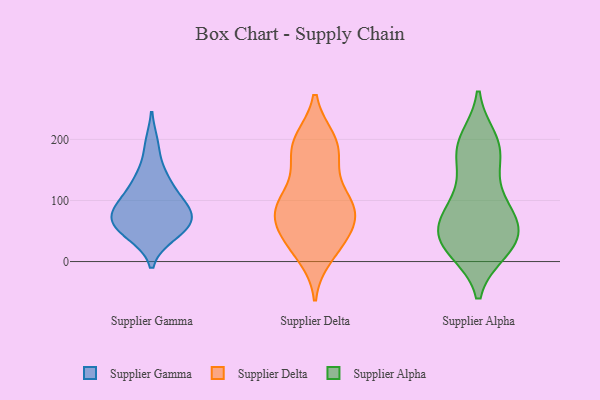
{"axis": {"x": "Website Visitors", "y": "Value"}, "legend": ["Supplier Alpha", "Supplier Delta", "Supplier Gamma"], "data": [{"x": "", "y": 44, "type": "Supplier Gamma"}, {"x": "", "y": 95, "type": "Supplier Gamma"}, {"x": "", "y": 191, "type": "Supplier Gamma"}, {"x": "", "y": 81, "type": "Supplier Gamma"}, {"x": "", "y": 47, "type": "Supplier Gamma"}, {"x": "", "y": 136, "type": "Supplier Gamma"}, {"x": "", "y": 135, "type": "Supplier Gamma"}, {"x": "", "y": 67, "type": "Supplier Gamma"}, {"x": "", "y": 65, "type": "Supplier Gamma"}, {"x": "", "y": 59, "type": "Supplier Gamma"}, {"x": "", "y": 102, "type": "Supplier Gamma"}, {"x": "", "y": 84, "type": "Supplier Gamma"}, {"x": "", "y": 26, "type": "Supplier Delta"}, {"x": "", "y": 99, "type": "Supplier Delta"}, {"x": "", "y": 105, "type": "Supplier Delta"}, {"x": "", "y": 160, "type": "Supplier Delta"}, {"x": "", "y": 199, "type": "Supplier Delta"}, {"x": "", "y": 43, "type": "Supplier Delta"}, {"x": "", "y": 194, "type": "Supplier Delta"}, {"x": "", "y": 51, "type": "Supplier Delta"}, {"x": "", "y": 73, "type": "Supplier Delta"}, {"x": "", "y": 97, "type": "Supplier Delta"}, {"x": "", "y": 87, "type": "Supplier Delta"}, {"x": "", "y": 10, "type": "Supplier Delta"}, {"x": "", "y": 79, "type": "Supplier Delta"}, {"x": "", "y": 158, "type": "Supplier Delta"}, {"x": "", "y": 191, "type": "Supplier Delta"}, {"x": "", "y": 66, "type": "Supplier Delta"}, {"x": "", "y": 24, "type": "Supplier Delta"}, {"x": "", "y": 92, "type": "Supplier Delta"}, {"x": "", "y": 196, "type": "Supplier Delta"}, {"x": "", "y": 100, "type": "Supplier Alpha"}, {"x": "", "y": 190, "type": "Supplier Alpha"}, {"x": "", "y": 51, "type": "Supplier Alpha"}, {"x": "", "y": 184, "type": "Supplier Alpha"}, {"x": "", "y": 49, "type": "Supplier Alpha"}, {"x": "", "y": 21, "type": "Supplier Alpha"}, {"x": "", "y": 30, "type": "Supplier Alpha"}, {"x": "", "y": 76, "type": "Supplier Alpha"}, {"x": "", "y": 72, "type": "Supplier Alpha"}, {"x": "", "y": 185, "type": "Supplier Alpha"}, {"x": "", "y": 69, "type": "Supplier Alpha"}, {"x": "", "y": 158, "type": "Supplier Alpha"}, {"x": "", "y": 23, "type": "Supplier Alpha"}, {"x": "", "y": 19, "type": "Supplier Alpha"}, {"x": "", "y": 199, "type": "Supplier Alpha"}, {"x": "", "y": 111, "type": "Supplier Alpha"}, {"x": "", "y": 37, "type": "Supplier Alpha"}]}